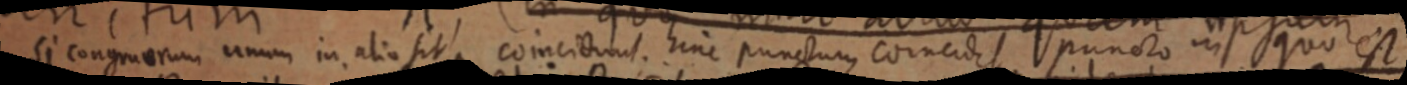
si congruerum unum in alio sit, coincidunt hinc punctum coincidit puncto in quo est